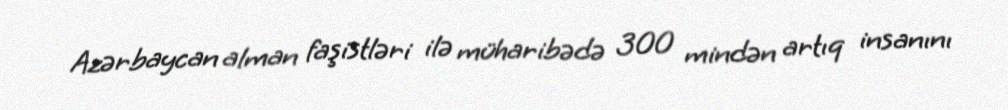
Azərbaycan alman faşistləri ilə müharibədə 300 mindən artıq insanını